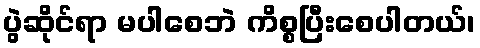
ပွဲဆိုင်ရာ မပါစေဘဲ ကိစ္စပြီးစေပါတယ်၊